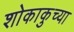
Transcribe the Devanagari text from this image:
शोकाकुच्या